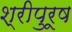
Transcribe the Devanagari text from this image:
श्रीपुरूष